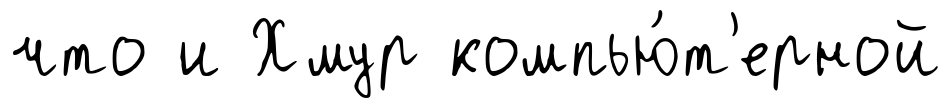
что и Хмур компью́т'ерной